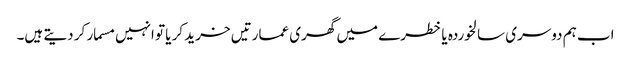
اب ہم دوسری سالخوردہ یا خطرے میں گھری عمارتیں خرید کر یا تو انہیں مسمار کر دیتے ہیں۔